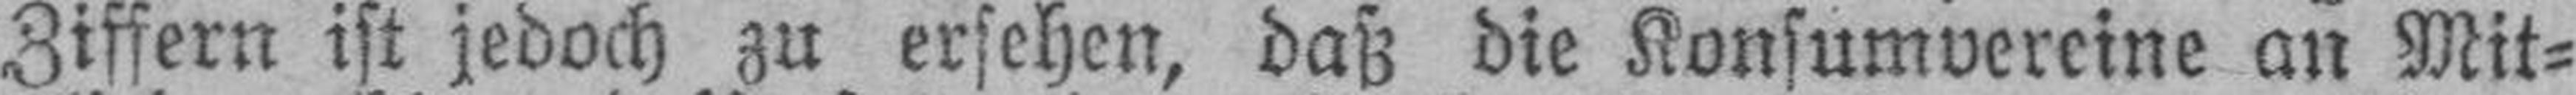
Ziffern ist jedoch zu ersehen, daß die Konsumvereine an Mit¬